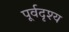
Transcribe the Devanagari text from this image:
पूर्वदृश्य